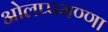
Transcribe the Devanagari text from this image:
ओलप्पमण्णा